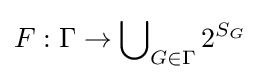
F:\Gamma \rightarrow \bigcup \nolimits _{G\in \Gamma }2^{S_{G}}